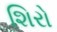
શિરો